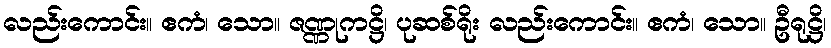
လည်းကောင်း။ ဧကံ၊ သော။ ဇဏ္ဏုကဋ္ဌိ၊ ပုဆစ်ရိုး လည်းကောင်း။ ဧကံ၊ သော။ ဦရုဋ္ဌိ၊